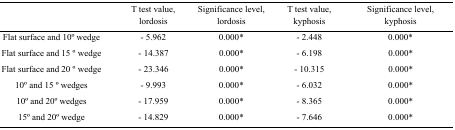
<table><thead><tr><td></td><td><b>T test value, lordosis</b></td><td><b>Significance level, lordosis</b></td><td><b>T test value, kyphosis</b></td><td><b>Significance level, kyphosis</b></td></tr></thead><tbody><tr><td>Flat surface and 10o wedge</td><td>- 5.962</td><td>0.000*</td><td>- 2.448</td><td>0.000*</td></tr><tr><td>Flat surface and 15 o wedge</td><td>- 14.387</td><td>0.000*</td><td>- 6.198</td><td>0.000*</td></tr><tr><td>Flat surface and 20 o wedge</td><td>- 23.346</td><td>0.000*</td><td>- 10.315</td><td>0.000*</td></tr><tr><td>10o and 15 o wedges</td><td>- 9.993</td><td>0.000*</td><td>- 6.032</td><td>0.000*</td></tr><tr><td>10o and 20o wedges</td><td>- 17.959</td><td>0.000*</td><td>- 8.365</td><td>0.000*</td></tr><tr><td>15o and 20o wedge</td><td>- 14.829</td><td>0.000*</td><td>- 7.646</td><td>0.000*</td></tr></tbody></table>